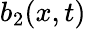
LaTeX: b_{2}(x,t)